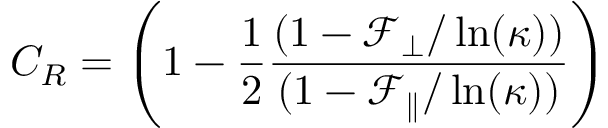
C _ { R } = \left( 1 - \frac { 1 } { 2 } \frac { ( 1 - \mathcal { F } _ { \perp } / \ln ( \kappa ) ) } { ( 1 - \mathcal { F } _ { \parallel } / \ln ( \kappa ) ) } \right)